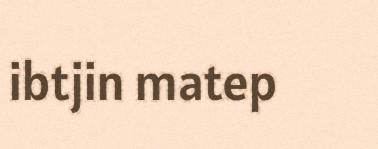
ibtjin matep